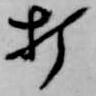
打